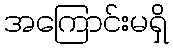
အကြောင်းမရှိ